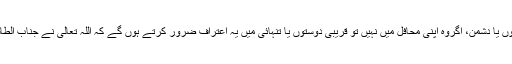
جناب الطاف حسین کی سیاسی بصیرت اور دوراندیشی کے اپنے پرائے سبھی معترف ہیں ، دوست ہوں یا دشمن، اگروہ اپنی محافل میں نہیں تو قریبی دوستوں یا تنہائی میں یہ اعتراف ضرور کرتے ہوں گے کہ اللہ تعالیٰ نے جناب الطاف حسین کو مستقبل میں جھانکنے کی صلاحیت سے نوازا ہے ،اورقدرت ان کی رہنمائی کرتی ہے ۔